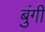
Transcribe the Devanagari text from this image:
बुंगी